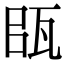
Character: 𤬴